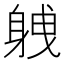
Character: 𮜸